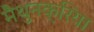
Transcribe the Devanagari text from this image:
मैथुनक्रिया